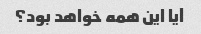
آیا این همه خواهد بود؟